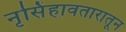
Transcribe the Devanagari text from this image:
नृसिंहावतारातून